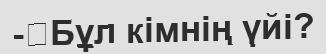
-	Бұл кімнің үйі?